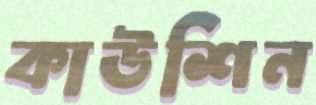
কাউশিন